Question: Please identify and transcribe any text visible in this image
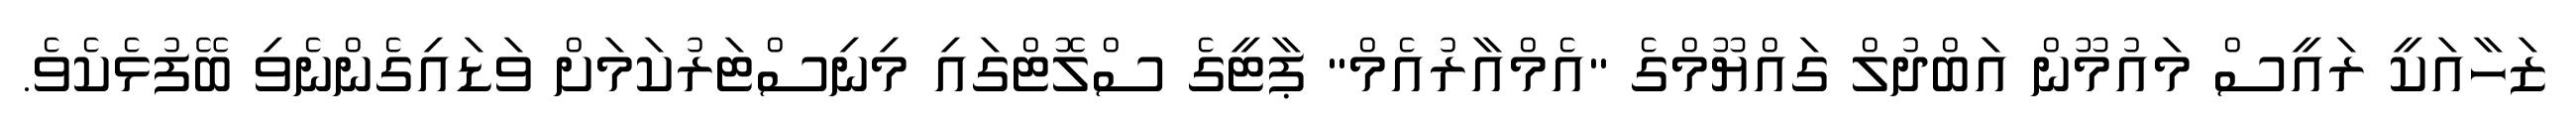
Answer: ޒަހާއަކީ ރައީސް މައުމޫން އަބްދުލް ގައްޔޫމްގެ "އެމްއާރުއެމް" ޕާޓީގެ ސްލޮޓްގައި މިނިސްޓަރުކަމަށް ވަޑައިގެންނެވި ބޭފުޅެކެވެ.